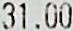
31.00